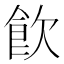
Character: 飮